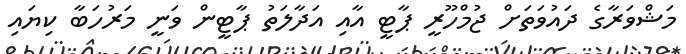
މަޝްވަރާގެ ދައުވަތަށް ޖުމްހޫރީ ޕާޓީ އާއި އަދާލަތު ޕާޓީން ވަނީ މަރުހަބާ ކިޔައި